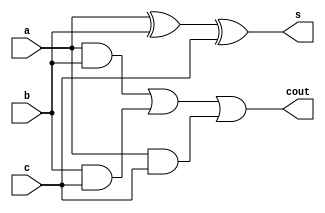
`timescale 1ns / 1ps
//////////////////////////////////////////////////////////////////////////////////
// Company: 
// Engineer: 
// 
// Design Name: 
// Module Name:    full_adder 
// Project Name: 
// Target Devices: 
// Tool versions: 
// Description: 
//
// Dependencies: 
//
// Revision: 
// Revision 0.01 - File Created
// Additional Comments: 
//
//////////////////////////////////////////////////////////////////////////////////
module full_adder(s,cout,a,b,c);
input a,b,c;
output s,cout;
xor a1(s,a,b,c);
and a2(p,a,b);
and a3(q,b,c);
and a4(r,a,c);
or a5(cout,p,q,r);
endmodule